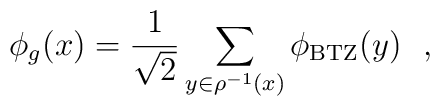
\phi_g(x) = {1 \over {\sqrt{2}}}\sum_{y \in \rho^{-1} (x)} \phi_{\rm{BTZ}}(y) \ \ ,